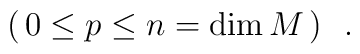
(\, 0 \leq p \leq n= {\rm dim}\, M\, )\ \ .